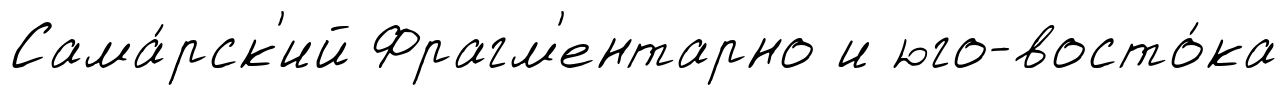
Сама́рск'ий Фрагм'ентарно и юго-восто́ка